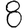
Digit: 8